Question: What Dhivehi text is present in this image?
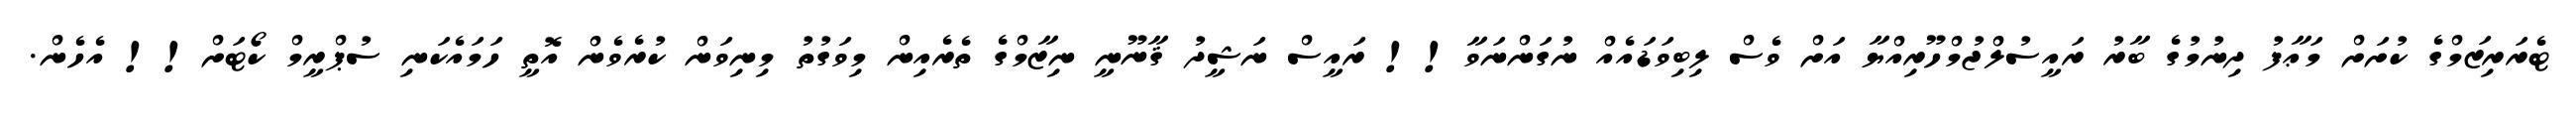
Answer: ޓެރަރިޒަމްގެ ކުށަށް މަޢާފު ދިނުމުގެ ބާރު ރައީސުލްޖުމްހޫރިއްޔާ އަށް ވެސް ލިބިވަޑައެއް ނުގަންނަވާ!! ރައީސް ނަޝީދު ޤާނޫނީ ނިޒާމްގެ ތެރެއިން މިވަގުތު މިނިވަން ކުރެވެން އޮތީ ހަމައެކަނި ސުޕްރީމް ކޯޓަށް!! އެހެން.